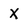
Character: X